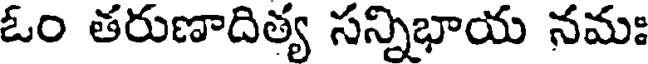
ఓం తరుణాదిత్య సన్నిభాయ నమః